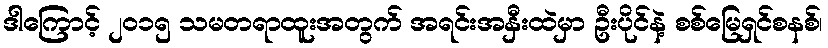
ဒါကြောင့် ၂၀၁၅ သမတရာထူးအတွက် အရင်းအနှီးထဲမှာ ဦးပိုင်နဲ့ စစ်မြေရှင်စနစ်၊